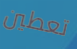
تعطين